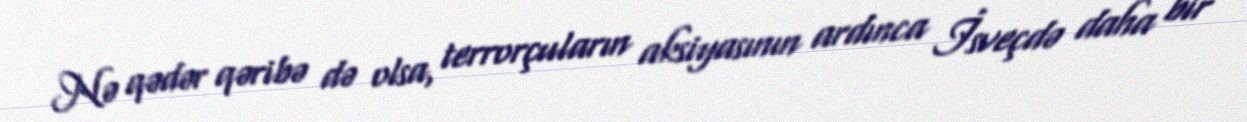
Nə qədər qəribə də olsa, terrorçuların aksiyasının ardınca İsveçdə daha bir